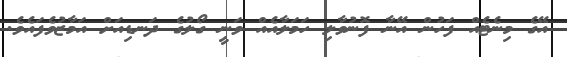
އޭގެ މިނެޓެއް ފަހުން އޭނާ ފޮނުވާލި ހަމަލާއެއް ވަނީ ގޯލުގެ ދަނޑިއަށް އަމާޒުވެފައެވެ.